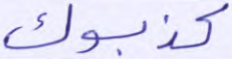
كذبوك